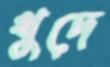
খুদে